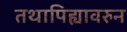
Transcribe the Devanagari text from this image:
तथापिह्यावरुन